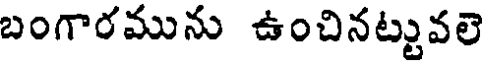
బంగారమును ఉంచినట్టువలె